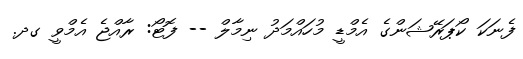
ފެނަކަ ކޯޕަރޭޝަންގެ އެމްޑީ މުހައްމަދު ނިމާލް -- ފޮޓޯ: ރާއްޖެ އެމްވީ ގދ.